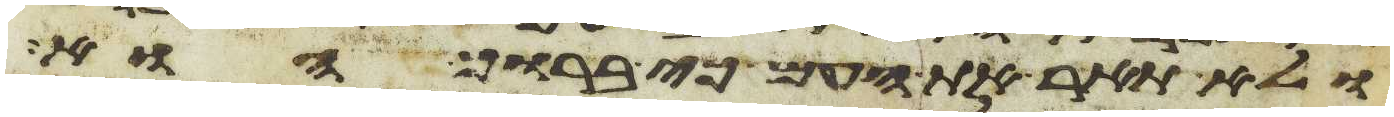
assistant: ולא תאר את העם כי ברוך הוא